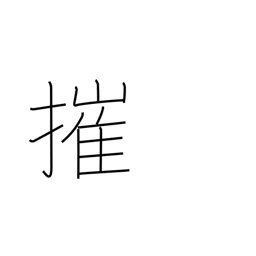
Meaning: smash